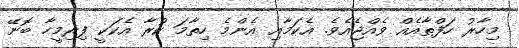
މިހާރު ހަފްތާއެއް ވެއްޖެއެވެ. އެކަމާއި އެންމެ ހިތާމަ ކުރާ އެކަކީ ފިރިމީހާ ބޮނޭ